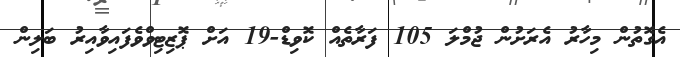
އެގޮތުން މިހާރު އެރަށުން ޖުމްލަ 105 ފަރާތެއް ކޮވިޑް-19 އަށް ޕޮޒިޓިވްވެފައިވާއިރު ބަލިން